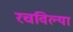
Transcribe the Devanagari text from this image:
रचविल्या